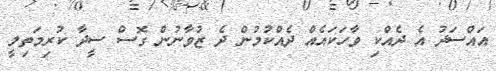
އައްސަދު އެ ދެއްކި ވާހަކައެއް ދެއްކުމުން ދެ ޒުވާނުން ގޮސް ސީދާ ކުރިމަތިލީ